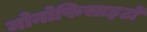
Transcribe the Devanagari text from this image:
मोनोफिसाइटों